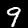
Digit: 9